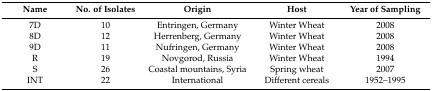
<table><thead><tr><td><b>Name</b></td><td><b>No. of Isolates</b></td><td><b>Origin</b></td><td><b>Host</b></td><td><b>Year of Sampling</b></td></tr></thead><tbody><tr><td>7D</td><td>10</td><td>Entringen, Germany</td><td>Winter Wheat</td><td>2008</td></tr><tr><td>8D</td><td>12</td><td>Herrenberg, Germany</td><td>Winter Wheat</td><td>2008</td></tr><tr><td>9D</td><td>11</td><td>Nufringen, Germany</td><td>Winter Wheat</td><td>2008</td></tr><tr><td>R</td><td>19</td><td>Novgorod, Russia</td><td>Winter Wheat</td><td>1994</td></tr><tr><td>S</td><td>26</td><td>Coastal mountains, Syria</td><td>Spring wheat</td><td>2007</td></tr><tr><td>INT</td><td>22</td><td>International</td><td>Different cereals</td><td>1952–1995</td></tr></tbody></table>